Indian journal of veterinary science and animal husbandry - Volumes 24-25, 1954-1955
Year: 1954
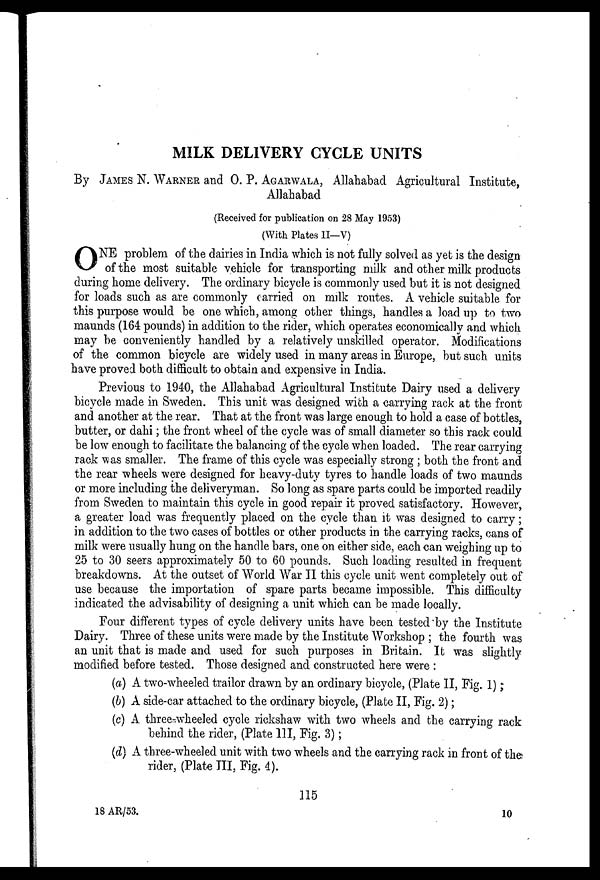
MILK DELIVERY CYCLE UNITS
By JAMES N. WARNER and O. P. AGARWALA, Allahabad Agricultural Institute,
Allahabad
(Received for publication on 28 May 1953)
(With Plates II—V)
O NE problem of the dairies in India which is not fully solved as yet is the design
of the most suitable vehicle for transporting milk and other milk products
during home delivery. The ordinary bicycle is commonly used but it is not designed
for loads such as are commonly carried on milk routes. A vehicle suitable for
this purpose would be one which, among other things, handles a load up to two
maunds (164 pounds) in addition to the rider, which operates economically and which
may be conveniently handled by a relatively unskilled operator. Modifications
of the common bicycle are widely used in many areas in Europe, but such units
have proved both difficult to obtain and expensive in India.
Previous to 1940, the Allahabad Agricultural Institute Dairy used a delivery
bicycle made in Sweden. This unit was designed with a carrying rack at the front
and another at the rear. That at the front was large enough to hold a case of bottles,
butter, or dahi; the front wheel of the cycle was of small diameter so this rack could
be low enough to facilitate the balancing of the cycle when loaded. The rear carrying
rack was smaller. The frame of this cycle was especially strong; both the front and
the rear wheels were designed for heavy-duty tyres to handle loads of two maunds
or more including the deliveryman. So long as spare parts could be imported readily
from Sweden to maintain this cycle in good repair it proved satisfactory. However,
a greater load was frequently placed on the cycle than it was designed to carry;
in addition to the two cases of bottles or other products in the carrying racks, cans of
milk were usually hung on the handle bars, one on either side, each can weighing up to
25 to 30 seers approximately 50 to 60 pounds. Such loading resulted in frequent
breakdowns. At the outset of World War II this cycle unit went completely out of
use because the importation of spare parts became impossible. This difficulty
indicated the advisability of designing a unit which can be made locally.
Four different types of cycle delivery units have been tested by the Institute
Dairy. Three of these units were made by the Institute Workshop; the fourth was
an unit that is made and used for such purposes in Britain. It was slightly
modified before tested. Those designed and constructed here were:
(a) A two-wheeled trailor drawn by an ordinary bicycle, (Plate II, Fig. 1);
(b) A side-car attached to the ordinary bicycle, (Plate II, Fig. 2);
(c) A. three-wheeled cycle rickshaw with two wheels and the carrying rack
behind the rider, (Plate III, Fig. 3);
(d) A three-wheeled unit with two wheels and the carrying rack in front of the
rider, (Plate III, Fig. 4).
115
18 AR/53.
10